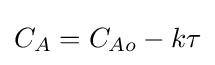
C_{A}={C_{Ao}}-{k\tau }